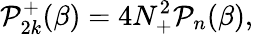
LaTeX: {\cal P}_{2k}^{+}(\beta)=4N_{+}^{2}{\cal P}_{n}(\beta),